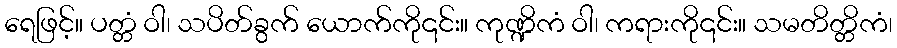
ရေဖြင့်။ ပတ္တံ ဝါ၊ သပိတ်ခွက် ယောက်ကို၎င်း။ ကုဏ္ဍိကံ ဝါ၊ ကရားကို၎င်း။ သမတိတ္တိကံ၊